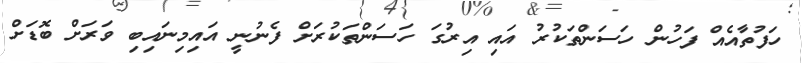
ހަފުތާއެއް ފަހުން ހަސަންތަކުރު އައި އިރުގަ ހަސަންތަކުރަށް ފެނުނީ އައިމިނައިބި ވަރަށް ބޮޑަށް